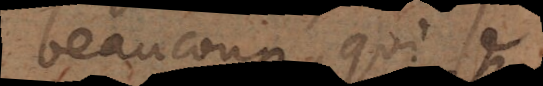
beaucoup, qui se